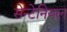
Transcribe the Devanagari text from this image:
सेन्टेनियल